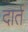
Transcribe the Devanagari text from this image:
दार्त